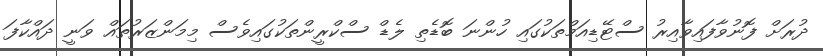
ދުރަށް ފޮނުވާފައިވާއިރު ސްޓޭޑިއަމްތަކުގައި ހުންނަ ބޮޑެތި ލެޑް ސްކްރީންތަކުގައިވެސް މިމަންޒަރުތައް ވަނީ ދައްކާފަ